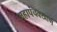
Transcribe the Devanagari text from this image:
महापंचक्खाण